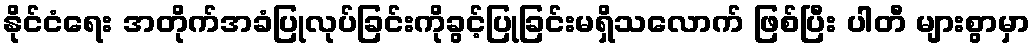
နိုင်ငံရေး အတိုက်အခံပြုလုပ်ခြင်းကိုခွင့်ပြုခြင်းမရှိသလောက် ဖြစ်ပြီး ပါတီ များစွာမှာ